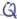
Text: Q